Vaccination in Bombay 1889-1901 - 1889-1901
Year: 1889
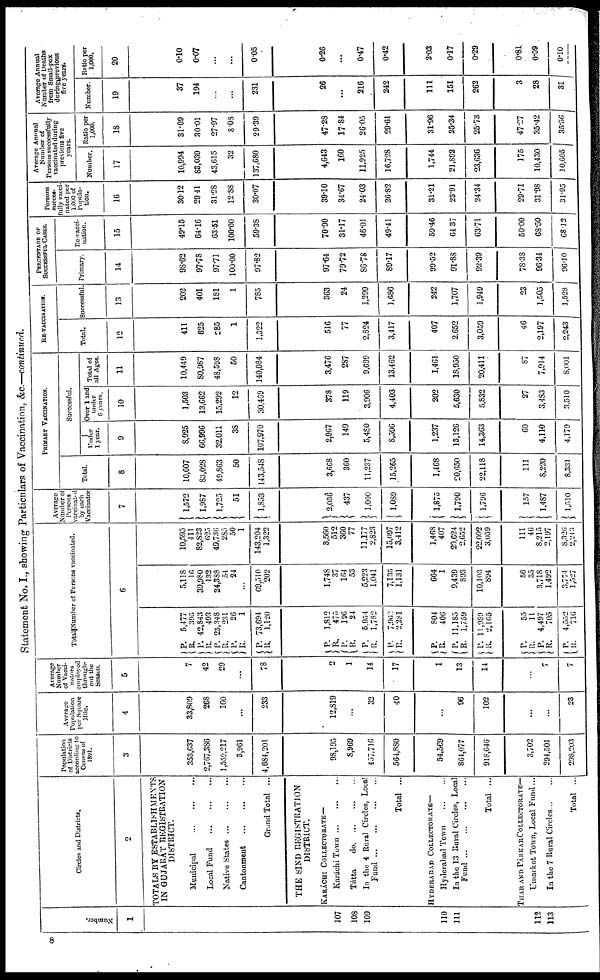
Statement No. I., showing Particulars of Vaccination, &c.—continued.
Number.
1
107
108
109
110
111
112
113
Circles and Districts.
2
TOTALS BY ESTABLISHMENTS
IN GUJARÁT REGISTRATION
DISTRICT.
Municipal
...
...
...
Local Fund
...
...
...
Native
States...
...
...
Cantonment
...
...
...
Grand Total ...
THE SIND REGISTRATION
DISTRICT.
KARACHI COLLECTORATE—
Karáchi
Town...
...
...
Tátta
do. ... ... ...
In the 4 Rural Circles, Local
Fund...
...
...
...
Total ...
HYDERABAD COLLECTORATE—
Hyderabad Town
In the 13 Rural Circles, Local
Fund...
...
...
...
Total ...
THAR AND PÁRKAR COLLECTORATE—
Umarkot Town, Local Fund...
In the 7 Rural Circles... ...
Total ...
Population
of Districts
according to
Census of
1891.
3
353,637
2,767,386
1,559,217
3,961
4,684,201
98,195
8,969
457,716
564,880
54,569
864,077
918,646
3,702
294,501
298,203
Average
Population
per Square
Mile.
4
33,809
268
160
...
233
12,819
...
32
40
...
96
102
...
...
23
Average
Number
of Vacci¬
nators
employed
through-
out the
Season.
5
7
42
29
...
78
2
1
14
17
1
13
14
...
7
7
Total Number of Persons vaccinated.
6
P.
R. P.
R. P.
R.
P.
R.
P.
R.
5,477
395
42,843
493
25,348
231
26
1
73,694
1,120
P.
R.
P.
R.
P.
R.
P.
R.
1,812
475
196
24
5,954
1,782
7,962
2,281
P.
R.
P.
R.
P.
R.
804
406
11,185
1,759
11,989
2,165
P.
R. P.
R.
P.
R.
55
11
4,497
705
4,552
716
5,118
16
39,980
132
24,388
54
24
...
69,510
202
1,748
37
164
53
5,223
1,041
7,125
1,131
664
1
9,439
893
10,103
894
56
35
3,718
1,492
3,774
1,527
10,595
411
82,823
625
49,736
285
50
1
143,204
1,322
3,560
512
360
77
11,177
2,823
15,097
3,412
1,468
407
20,624
2,652
22,092
3,059
111
46
8,215
2,197
8,326
2,243
Average
Number of
Persons
vaccinated
by each
Vaccinator
7
1,572
1,987
1,725
51
1,853
2,036
437
1,000
1,089
1,875
1,790
1,796
157
1,487
1,510
PRIMARY VACCINATION.
Total.
8
10,607
83,028
49,863
50
143,548
3,668
360
11,237
15,265
1,468
20,650
22,118
111
8,220
8,331
Successful.
Under
1 year.
9
8,925
66,996
32,011
38
107,970
2,967
149
5,480
8,596
1,237
13,126
14,363
60
4,119
4,179
Over 1 and
under
6 years.
10
1,503
13,662
15,292
12
30,469
378
119
3,906
4,403
202
5,630
5,832
27
3,483
3,510
Total of
all Ages.
11
10,449
80,987
48,598
50
140,084
3,476
287
9,699
13,462
1,461
18,950
20,411
87
7,914
8,001
RE-VACCINATION.
Total.
12
411
625
285
1
1,322
516
77
2,824
3,417
407
2,652
3,059
46
2,197
2,243
Successful.
13
202
401
181
1
785
363
24
1,299
1,686
242
1,707
1,949
23
1,505
1,528
PERCENTAGE OF
SUCCESSFUL CASES.
Primary.
14
98.62
97.78
97.71
100.00
97.82
97.64
79.72
86.78
89.17
99.52
91,88
92.39
78.38
96.34
96.10
Re-vacci¬
nation.
15
49.15
64.16
63.51
100.00
59.38
70.90
31.17
46.01
49.41
59.46
64.37
63.71
50.00
68.50
68.12
Persons
succes¬
fully vacci-
nated per
1,000 of
Popula-
tion.
16
30.12
29.41
31.28
12.88
30.07
39.10
34.67
24.03
26.82
31.21
23.91
24.34
29.71
31.98
31.95
Average Annual
Number of
Persons successfully
vaccinated during
previous five
years.
Number.
17
10,994
83,039
43,615
32
137,680
4,643
160
11,925
16,728
1,744
21,892
23,636
175
10,430
10,605
Ratio per
1,000.
18
31.09
30.01
27.97
8.08
29.39
47.28
17.84
26.05
29.61
31.96
25.34
25.73
47.27
35.42
35.56
Average Annual
Number of Deaths
from Small-pox
during previous
five years.
Number.
19
37
194
...
...
231
26
...
216
242
111
151
262
3
28
31
Ratio per
1,000.
20
0.10
0.07
...
...
0.05
0.26
...
0.47
0.42
2.03
0.17
0.29
0.81
0.09
0.10
8